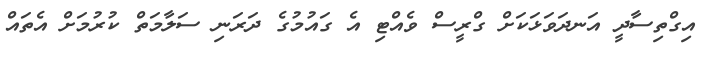
އިގްތިސާދީ އަނދަވަޅަކަށް ގްރީސް ވެއްޓި އެ ގައުމުގެ ދަރަނި ސަލާމަތް ކުރުމަށް އެތައް